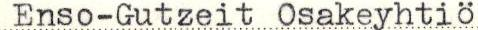
Enso-Gutzeit Osakeyhtiö